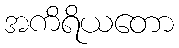
အကိရိယတော